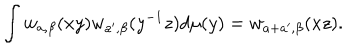
LaTeX: \int w _ { a , \beta } ( x y ) w _ { a ^ { \prime } , \beta } ( y ^ { - 1 } z ) d \mu ( y ) = w _ { a + a ^ { \prime } , \beta } ( x z ) .